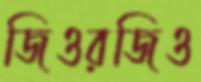
জিওরজিও